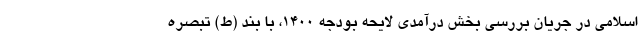
اسلامی در جریان بررسی بخش درآمدی لایحه بودجه ۱۴۰۰، با بند (ط) تبصره